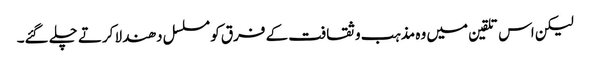
لیکن اس تلقین میں وہ مذہب و ثقافت کے فرق کو مسلسل دھندلا کرتے چلے گئے۔